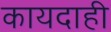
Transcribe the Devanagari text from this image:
कायदाही